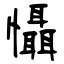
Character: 懾